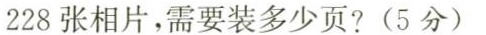
228张相片，需要装多少页?(5分)